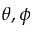
\theta , \phi